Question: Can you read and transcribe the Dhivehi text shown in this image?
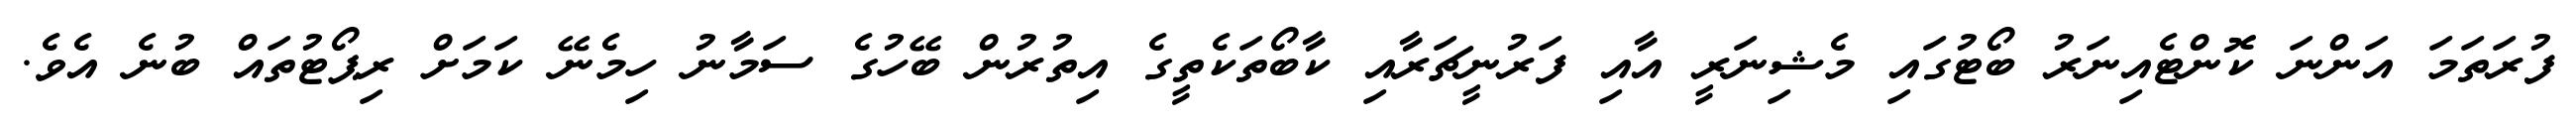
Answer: ފުރަތަމަ އަންނަ ކޮންޓެއިނަރު ބޯޓުގައި މެޝިނަރީ އާއި ފަރުނީޗަރާއި ކާބޯތަކެތީގެ އިތުރުން ބޭހުގެ ސަމާނު ހިމެނޭ ކަމަށް ރިޕޯޓުތައް ބުނެ އެވެ.